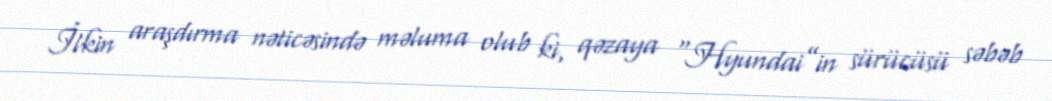
İlkin araşdırma nəticəsində məluma olub ki, qəzaya “Hyundai”in sürücüsü səbəb